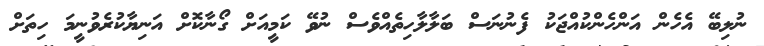
ނުލިބޭ އެހެން އަންހެންކުއްޖަކު ފެނުނަސް ބަލާލާހިތެއްވެސް ނުވޭ ކަމީއަށް ގޯނާކޮށް އަނިޔާކުރެވުނީމަ ހިތަށް